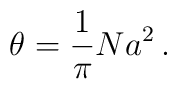
\theta = \frac{1}{\pi} N a^2 \,.